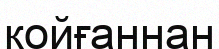
койғаннан